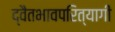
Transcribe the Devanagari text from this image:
द्वैतभावपरित्यागी